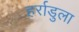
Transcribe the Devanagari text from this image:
हर्राडुला